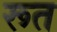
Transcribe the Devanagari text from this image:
रूत